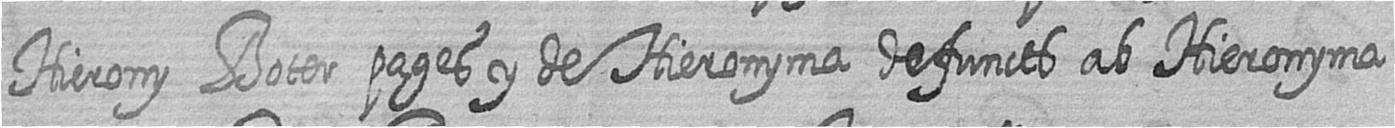
Hierony Boter pages y de Hieronyma defuncts ab Hieronyma